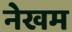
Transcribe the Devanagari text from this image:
नेखम